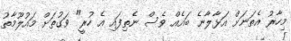
މިހާރު އެތަނަށް އަޅާލާނެ ބައެއް ވެސް ނެތިފައި އެ ހުރީ" ވަގުތަށް މައުލޫމާތު